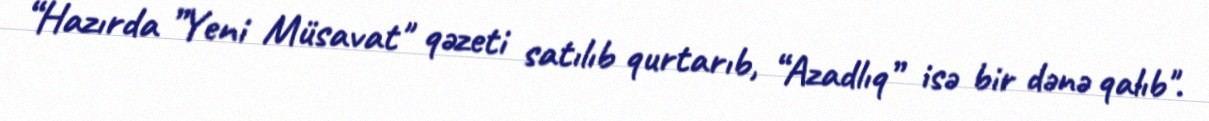
“Hazırda ”Yeni Müsavat" qəzeti satılıb qurtarıb, “Azadlıq” isə bir dənə qalıb".